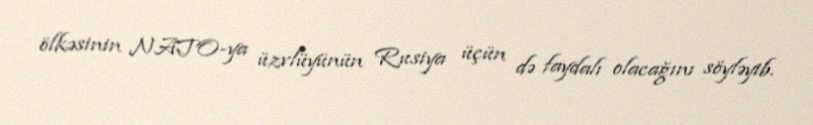
ölkəsinin NATO-ya üzvlüyünün Rusiya üçün də faydalı olacağını söyləyib.